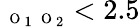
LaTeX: _{\mathrm{~\scriptsize~O~}_{1}\mathrm{~\scriptsize~O~}_{2}}<2.5